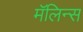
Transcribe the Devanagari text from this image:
मॅलिन्स